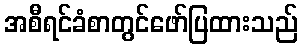
အစီရင်ခံစာတွင်ဖော်ပြထားသည်